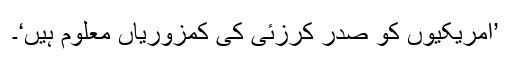
’امریکیوں کو صدر کرزئی کی کمزوریاں معلوم ہیں‘۔